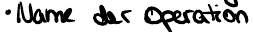
Name der Operation